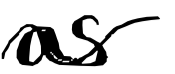
Text: as
Cross-out: wave
Writing tool: digital_black